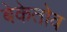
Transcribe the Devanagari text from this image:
बेकेतोव